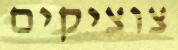
צוציקים